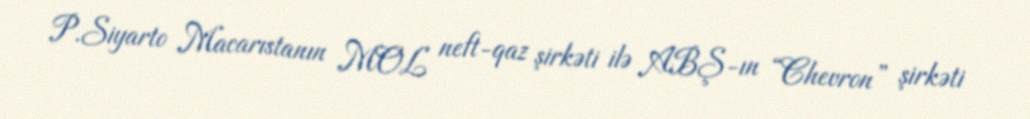
P.Siyarto Macarıstanın MOL neft-qaz şirkəti ilə ABŞ-ın “Chevron” şirkəti